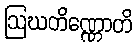
ဩဃတိဏ္ဏောတိ